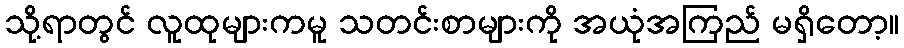
သို့ရာတွင် လူထုများကမူ သတင်းစာများကို အယုံအကြည် မရှိတော့။